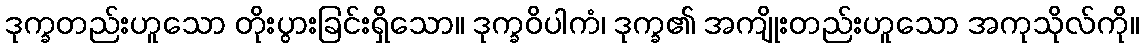
ဒုက္ခတည်းဟူသော တိုးပွားခြင်းရှိသော။ ဒုက္ခဝိပါကံ၊ ဒုက္ခ၏ အကျိုးတည်းဟူသော အကုသိုလ်ကို။